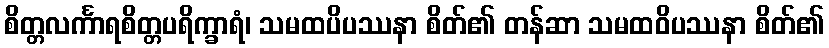
စိတ္တလင်္ကာရစိတ္တပရိက္ခာရံ၊ သမထပိပဿနာ စိတ်၏ တန်ဆာ သမထဝိပဿနာ စိတ်၏